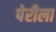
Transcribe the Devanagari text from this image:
पेरीला